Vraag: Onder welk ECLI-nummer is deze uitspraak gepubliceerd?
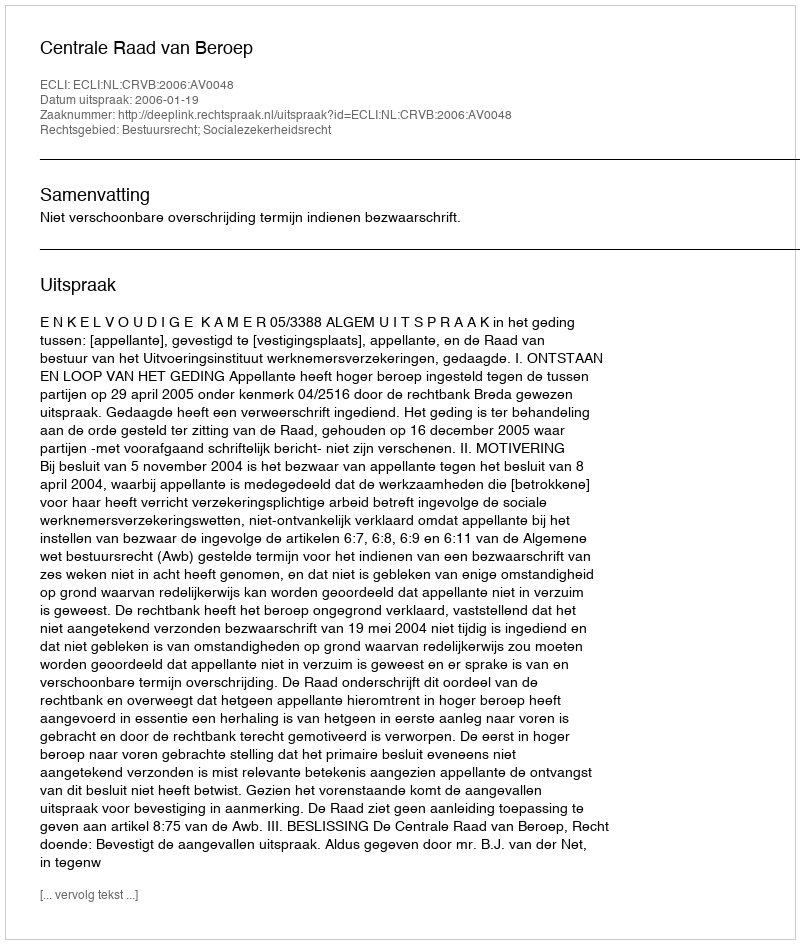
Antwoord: ECLI:NL:CRVB:2006:AV0048